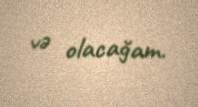
və olacağam.